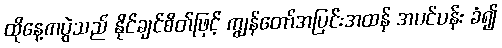
ထိုနေ့ကပွဲသည် နိုင်ချင်စိတ်ဖြင့် ကျွန်တော်အပြင်းအထန် အပင်ပန်း ခံ၍